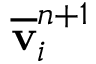
\overline { { \mathbf v } } _ { i } ^ { n + 1 }